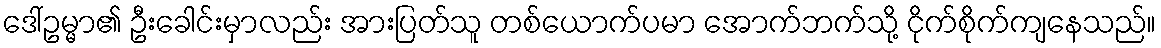
ဒေါ်ဥမ္မာ၏ ဦးခေါင်းမှာလည်း အားပြတ်သူ တစ်ယောက်ပမာ အောက်ဘက်သို့ ငိုက်စိုက်ကျနေသည်။